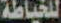
للخياطة